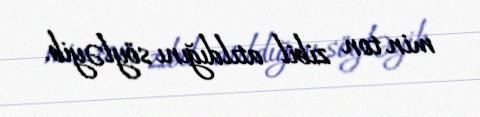
min ton zibil atıldığını söyləyib.